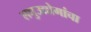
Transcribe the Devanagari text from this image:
लघुउद्योगांचा